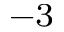
^ { - 3 }